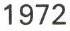
1972